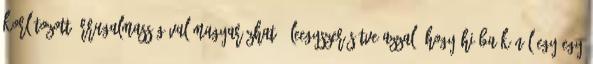
korlátozott árrugalmasságával magyarázható. Leegyszerűsítve azzal, hogy hiába kínál egy-egy